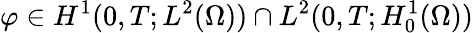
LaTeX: \varphi\in H^{1}(0,T;L^{2}(\Omega))\cap L^{2}(0,T;H_{0}^{1}(\Omega))